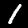
Digit: 1